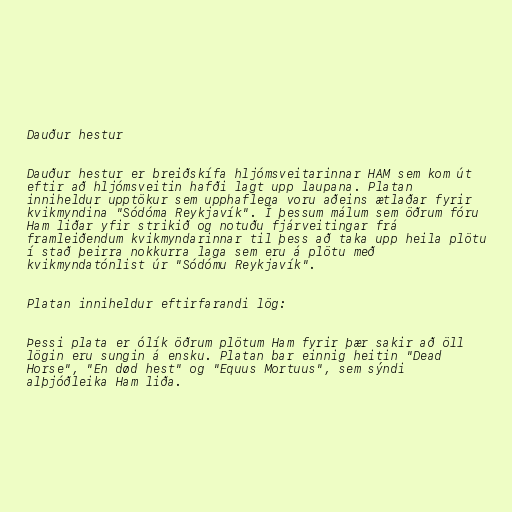
Dauður hestur

Dauður hestur er breiðskífa hljómsveitarinnar HAM sem kom út
eftir að hljómsveitin hafði lagt upp laupana. Platan
inniheldur upptökur sem upphaflega voru aðeins ætlaðar fyrir
kvikmyndina "Sódóma Reykjavík". Í þessum málum sem öðrum fóru
Ham liðar yfir strikið og notuðu fjárveitingar frá
framleiðendum kvikmyndarinnar til þess að taka upp heila plötu
í stað þeirra nokkurra laga sem eru á plötu með
kvikmyndatónlist úr "Sódómu Reykjavík".

Platan inniheldur eftirfarandi lög:

Þessi plata er ólík öðrum plötum Ham fyrir þær sakir að öll
lögin eru sungin á ensku. Platan bar einnig heitin "Dead
Horse", "En død hest" og "Equus Mortuus", sem sýndi
alþjóðleika Ham liða.